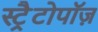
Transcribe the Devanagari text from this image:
स्ट्रैटोपॉज़